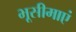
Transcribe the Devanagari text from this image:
भूसीमाएं